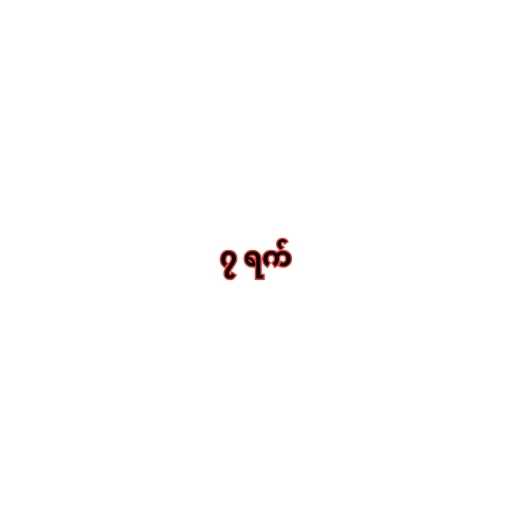
၇ ရက်